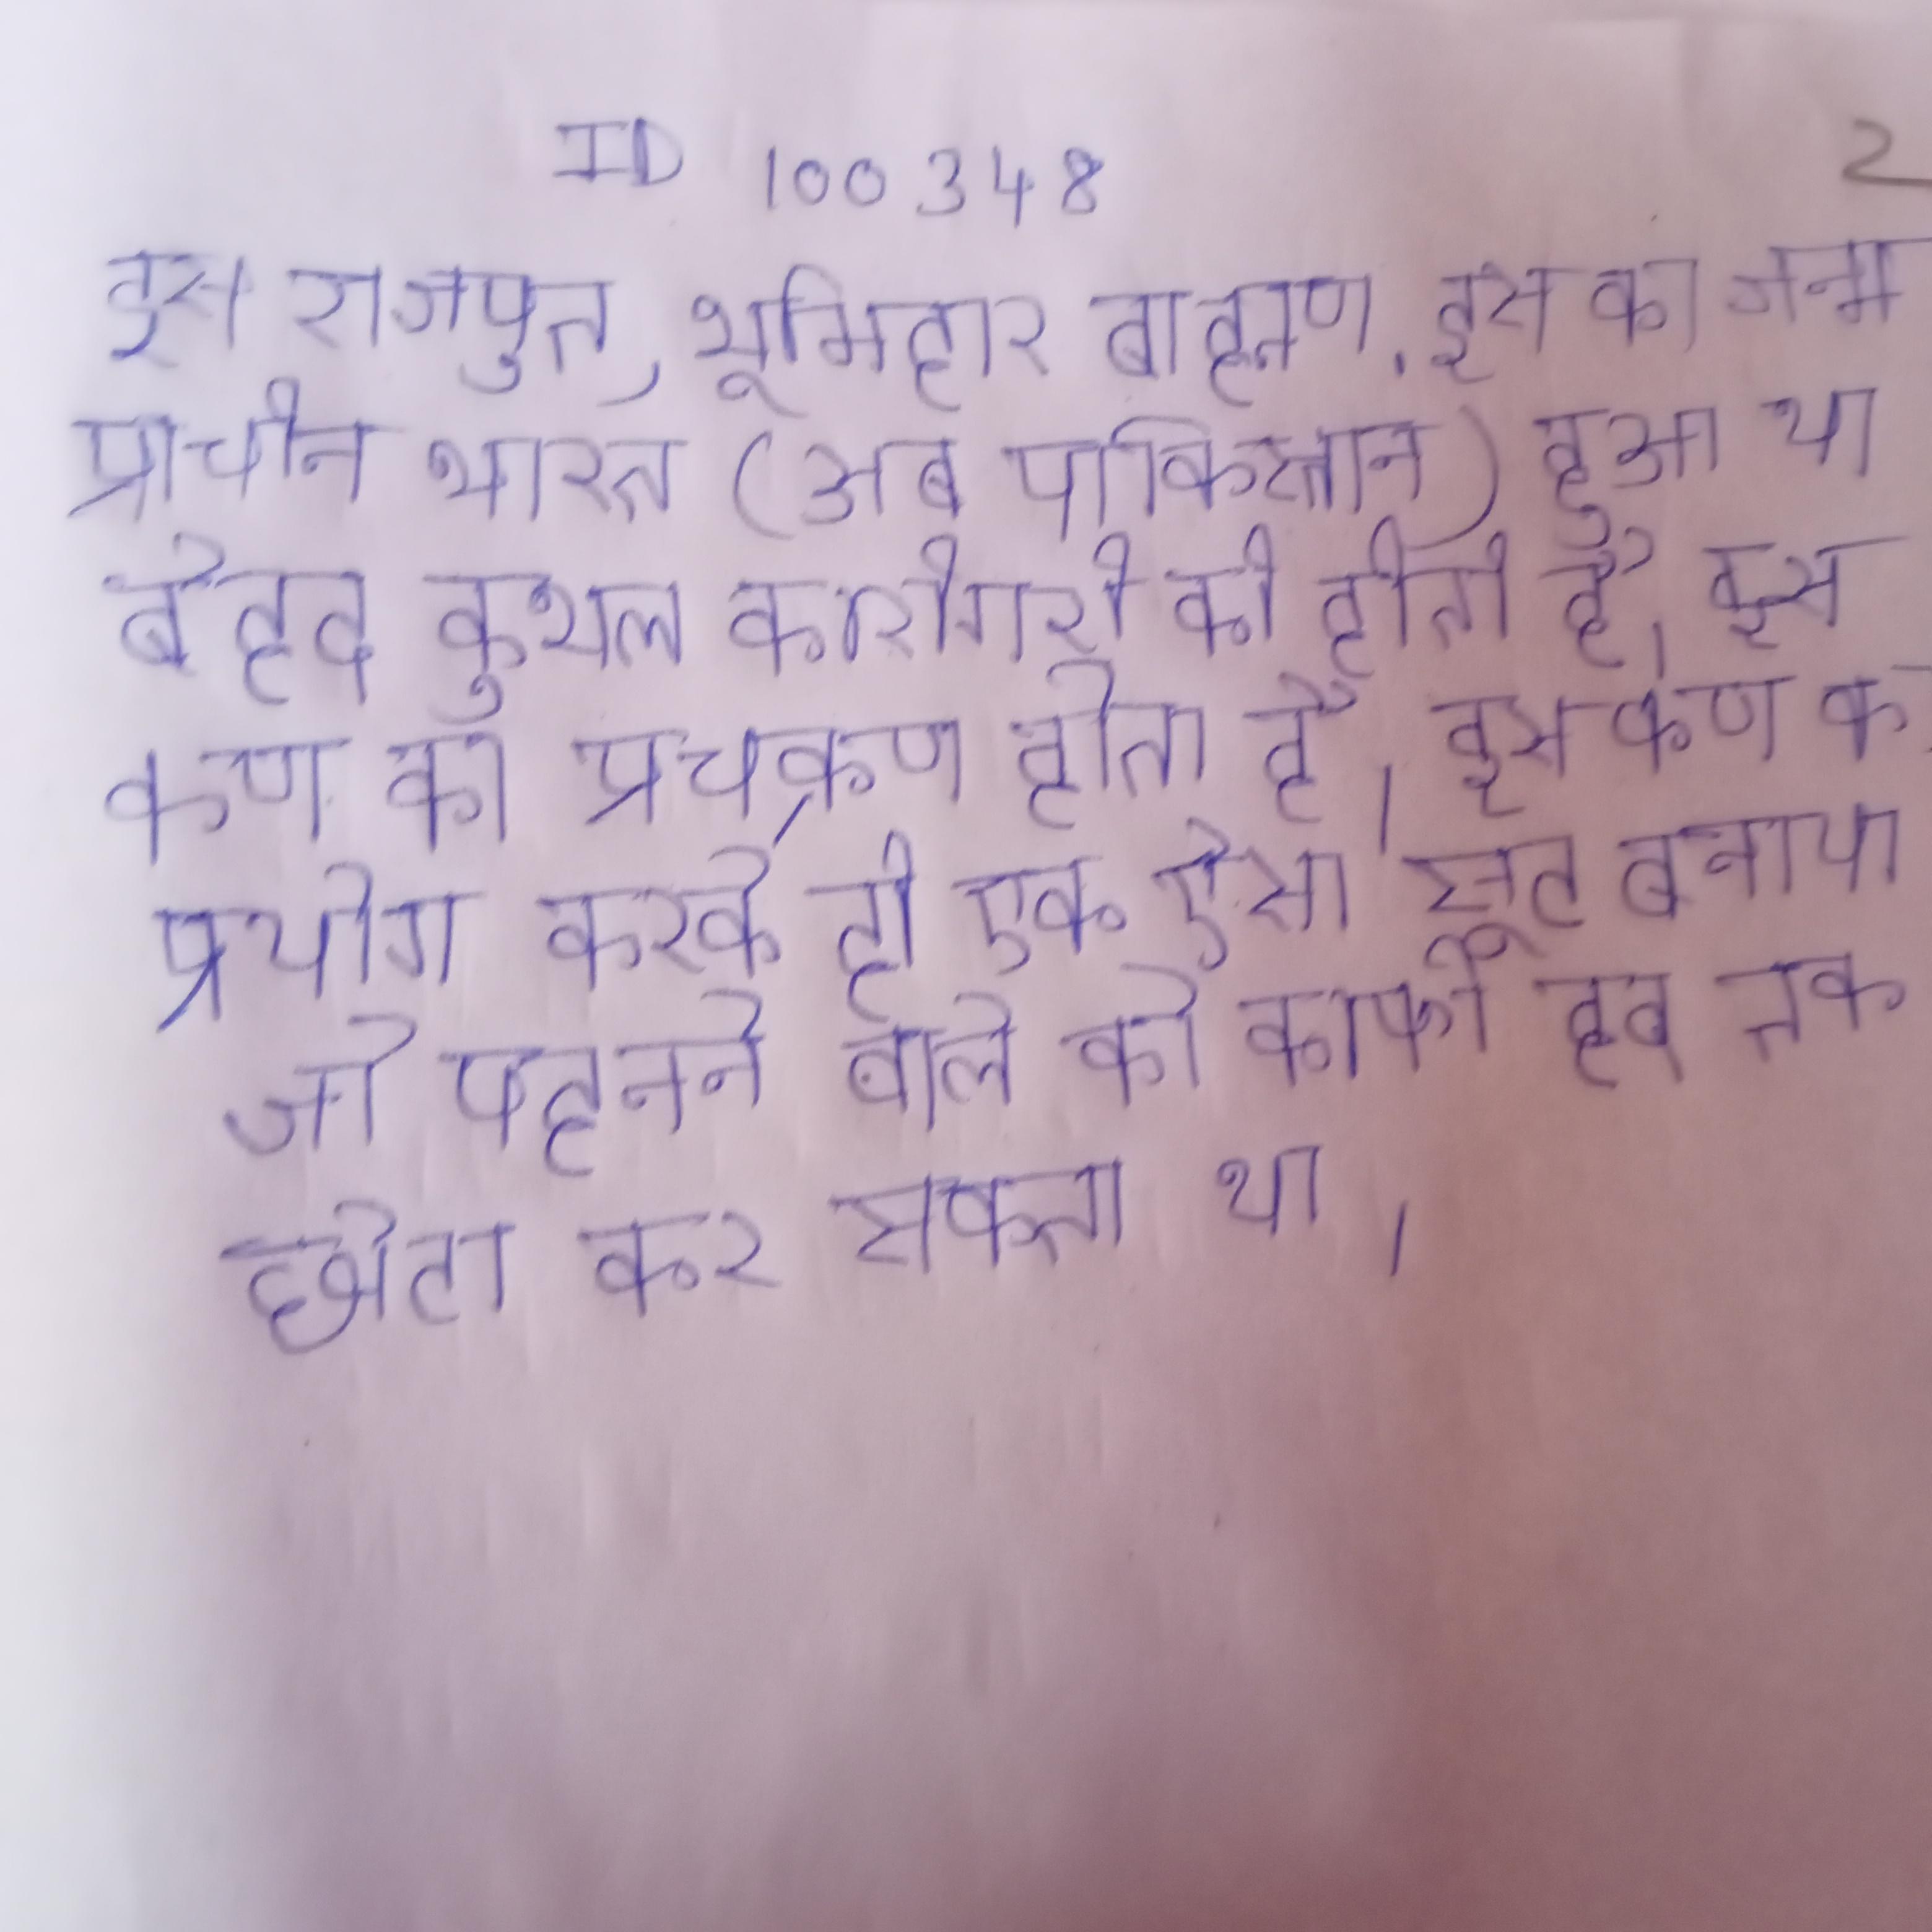
इस राजपुत, भूमिहार, ब्राह्मण . इस का जन्म प्राचीन भारत (अब पाकिस्तान) हुआ था बेहद कुशल कारीगरी की होती है । इस कण का प्रचक्रण होता है । इस कण का प्रयोग करके ही एक ऐसा सूट बनाया जो पहनने वाले को काफी हद तक छोटा कर सकता था ।